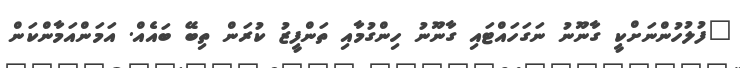
"ފުލުހުންނަށްކީ ގާނޫނު ނަގަހައްޓައި ގާނޫނު ހިންގުމާއި ތަންފީޒު ކުރަން ތިބޭ ބައެއް. އަމަންއަމާންކަން